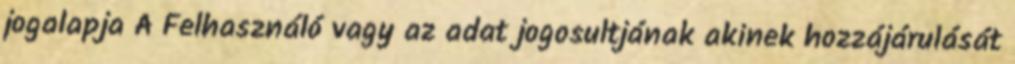
jogalapja A Felhasználó vagy az adat jogosultjának akinek hozzájárulását